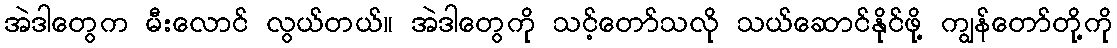
အဲဒါတွေက မီးလောင် လွယ်တယ်။ အဲဒါတွေကို သင့်တော်သလို သယ်ဆောင်နိုင်ဖို့ ကျွန်တော်တို့ကို